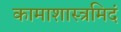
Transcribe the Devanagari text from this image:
कामाशास्त्रमिदं